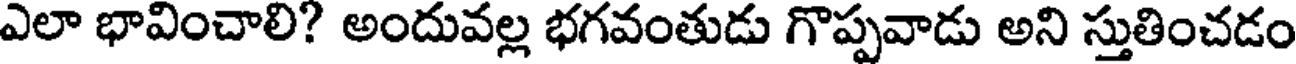
ఎలా భావించాలి? అందువల్ల భగవంతుడు గొప్పవాడు అని స్తుతించడం